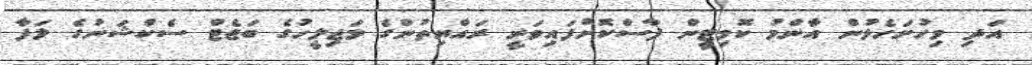
އަދި މިހުށަހެޅުން އާންމު ކޮމިޓީން ފާސްކޮށްފައިވަނީ ރައްޔިތުންގެ މަޖިލީހުގެ ބަޖެޓް ސެކްޝަނުގެ ލަފާ